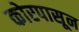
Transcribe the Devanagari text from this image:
कोरपासून